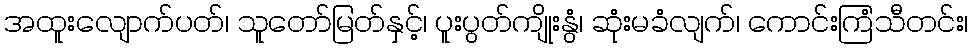
အထူးလျောက်ပတ်၊ သူတော်မြတ်နှင့်၊ ပူးပွတ်ကျိုးနွံ၊ ဆုံးမခံလျက်၊ ကောင်းကြံသီတင်း၊